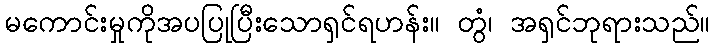
မကောင်းမှုကိုအပပြုပြီးသောရှင်ရဟန်း။ တွံ၊ အရှင်ဘုရားသည်။